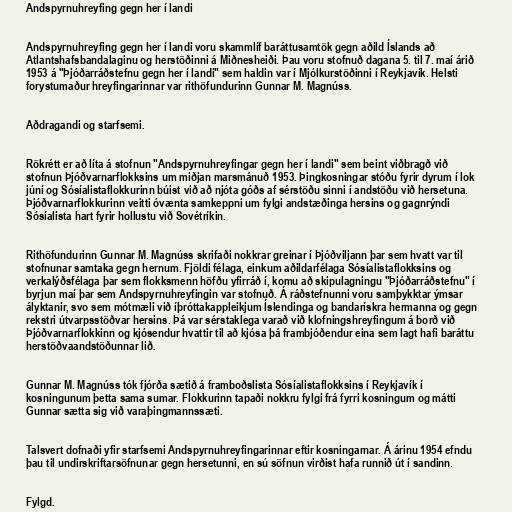
Andspyrnuhreyfing gegn her í landi

Andspyrnuhreyfing gegn her í landi voru skammlíf baráttusamtök gegn aðild Íslands að
Atlantshafsbandalaginu og herstöðinni á Miðnesheiði. Þau voru stofnuð dagana 5. til 7. maí árið
1953 á "Þjóðarráðstefnu gegn her í landi" sem haldin var í Mjólkurstöðinni í Reykjavík. Helsti
forystumaður hreyfingarinnar var rithöfundurinn Gunnar M. Magnúss.

Aðdragandi og starfsemi.

Rökrétt er að líta á stofnun "Andspyrnuhreyfingar gegn her í landi" sem beint viðbragð við
stofnun Þjóðvarnarflokksins um miðjan marsmánuð 1953. Þingkosningar stóðu fyrir dyrum í lok
júní og Sósíalistaflokkurinn búist við að njóta góðs af sérstöðu sinni í andstöðu við hersetuna.
Þjóðvarnarflokkurinn veitti óvænta samkeppni um fylgi andstæðinga hersins og gagnrýndi
Sósíalista hart fyrir hollustu við Sovétríkin.

Rithöfundurinn Gunnar M. Magnúss skrifaði nokkrar greinar í Þjóðviljann þar sem hvatt var til
stofnunar samtaka gegn hernum. Fjöldi félaga, einkum aðildarfélaga Sósíalistaflokksins og
verkalýðsfélaga þar sem flokksmenn höfðu yfirráð í, komu að skipulagningu "Þjóðarráðstefnu" í
byrjun maí þar sem Andspyrnuhreyfingin var stofnuð. Á ráðstefnunni voru samþykktar ýmsar
ályktanir, svo sem mótmæli við íþróttakappleikjum Íslendinga og bandarískra hermanna og gegn
rekstri útvarpsstöðvar hersins. Þá var sérstaklega varað við klofningshreyfingum á borð við
Þjóðvarnarflokkinn og kjósendur hvattir til að kjósa þá frambjóðendur eina sem lagt hafi baráttu
herstöðvaandstöðunnar lið.

Gunnar M. Magnúss tók fjórða sætið á framboðslista Sósíalistaflokksins í Reykjavík í
kosningunum þetta sama sumar. Flokkurinn tapaði nokkru fylgi frá fyrri kosningum og mátti
Gunnar sætta sig við varaþingmannssæti.

Talsvert dofnaði yfir starfsemi Andspyrnuhreyfingarinnar eftir kosningarnar. Á árinu 1954 efndu
þau til undirskriftarsöfnunar gegn hersetunni, en sú söfnun virðist hafa runnið út í sandinn.

Fylgd.